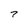
Character: 7